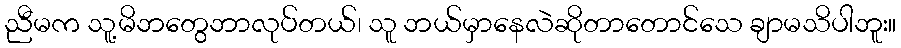
ညီမက သူ့မိဘတွေဘာလုပ်တယ်၊ သူ ဘယ်မှာနေလဲဆိုတာတောင်သေ ချာမသိပါဘူး။